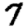
Digit: 7